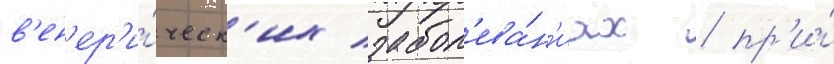
в'ен'ер'и́ческ'их забол'ева́н'иах / пр'и́